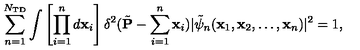
\sum _ { n = 1 } ^ { N _ { \mathrm { T D } } } \int \left[ \prod _ { i = 1 } ^ { n } d { \bf x } _ { i } \right] \delta ^ { 2 } ( \tilde { { \bf P } } - \sum _ { i = 1 } ^ { n } { \bf x } _ { i } ) | \tilde { \psi } _ { n } ( { \bf x } _ { 1 } , { \bf x } _ { 2 } , \dots , { \bf x } _ { n } ) | ^ { 2 } = 1 ,